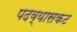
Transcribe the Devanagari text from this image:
पदव्यासकट